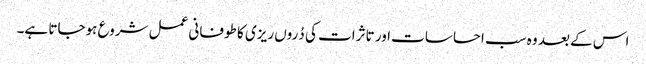
اس کے بعد وہ سب احساسات اور تاثرات کی دُروں ریزی کا طوفانی عمل شروع ہوجاتا ہے۔